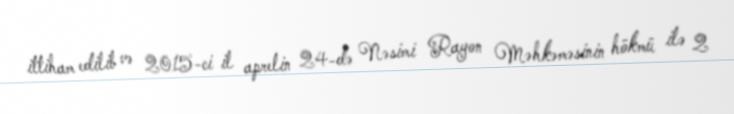
ittiham edilib və 2015-ci il aprelin 24-də Nəsimi Rayon Məhkəməsinin hökmü ilə 2